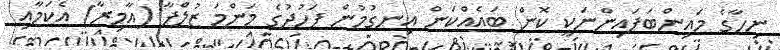
ނިހާގެ މައިންބަފައިންނަކީ ކޮން ބައެއްކަން އިނގުމުން ފަހުދުގެ މަންމަ ޒުލްފާ (އާމިރާ) އެކަމާއި